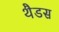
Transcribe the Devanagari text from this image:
थैडस